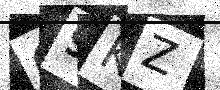
Text: O9KZ